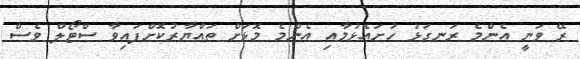
ރޭ ވަނީ އެންމެ ރަނގަޅު ހުށައެޅުމާއި އެންމެ މޮޅަށް ތައްޔާރުކޮށްފައިވާ ސްޓޯލް ވެސް